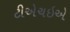
ટીએચઇએ